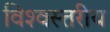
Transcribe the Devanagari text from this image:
विश्‍वस्तरीय